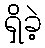
ရှိခဲ့